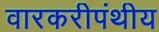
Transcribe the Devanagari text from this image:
वारकरीपंथीय